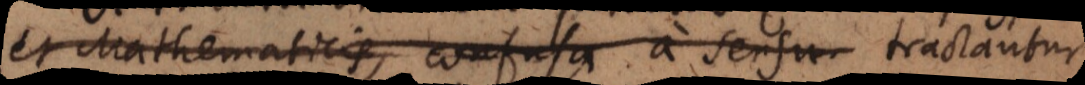
et Mathematicis, confusa a sensu tractantur